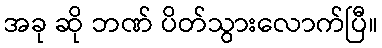
အခု ဆို ဘဏ် ပိတ်သွားလောက်ပြီ။